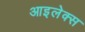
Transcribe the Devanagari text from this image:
आइलेक्स